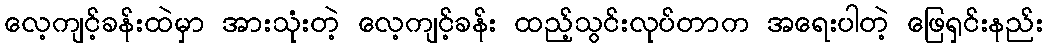
လေ့ကျင့်ခန်းထဲမှာ အားသုံးတဲ့ လေ့ကျင့်ခန်း ထည့်သွင်းလုပ်တာက အရေးပါတဲ့ ဖြေရှင်းနည်း